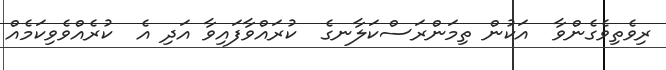
ރިވެތިވެގެންވާ  އަކުން ތިމަންރަސްކަލާނގެ  ކުރައްވާފައިވާ އަދި އެ  ކުރެއްވެވިކަމެއް